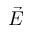
\vec { E }